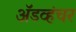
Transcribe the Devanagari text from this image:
ॲडव्हंचर